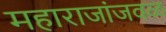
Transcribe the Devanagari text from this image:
महाराजांजवळ